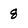
Character: 8